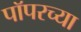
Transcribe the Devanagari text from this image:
पॉपरच्या